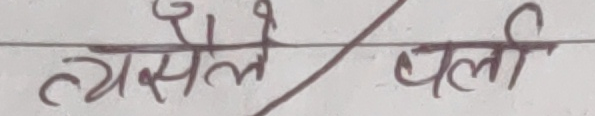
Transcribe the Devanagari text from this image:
त्यसैले/चली